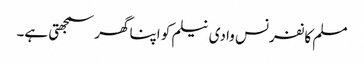
مسلم کانفرنس وادی نیلم کو اپنا گھر سمجھتی ہے۔